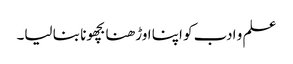
علم و ادب کو اپنا اوڑھنا بچھونا بنا لیا۔